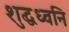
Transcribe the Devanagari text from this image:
शुद्धध्वनि